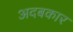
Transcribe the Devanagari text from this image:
अदबकार